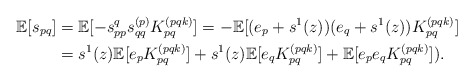
\begin{align*} \mathbb{E}[s_{pq}] & = \mathbb{E}[- s_{pp}^q s_{qq}^{(p)} K_{pq}^{(pqk)}] = - \mathbb{E}[(e_p +s^1(z))(e_q+s^1(z))K_{pq}^{(pqk)}] \\ & = s^1(z) \mathbb{E}[e_p K_{pq}^{(pqk)}] + s^1(z) \mathbb{E}[e_q K_{pq}^{(pqk)}] + \mathbb{E}[e_p e_q K_{pq}^{(pqk)}]). \end{align*}